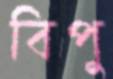
বিপু